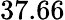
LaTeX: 37.66